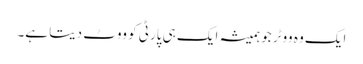
ایک وہ ووٹر جو ہمیشہ ایک ہی پارٹی کو ووٹ دیتا ہے۔